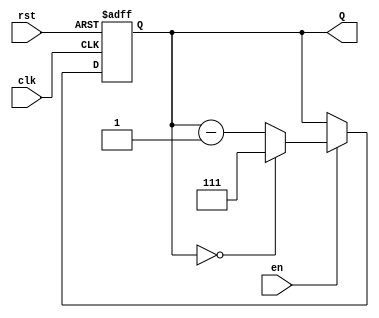
module down_counter (
    input wire clk,      // Clock signal
    input wire rst,      // Asynchronous reset
    input wire en,       // Enable signal
    output reg [2:0] Q   // 3-bit output count
);

    // Parameter for maximum count value (for a 3-bit counter)
    parameter MAX_COUNT = 3'b111; // 7 in decimal

    // Asynchronous reset and counting behavior
    always @(posedge clk or posedge rst) begin
        if (rst) begin
            // Reset the counter to maximum value
            Q <= MAX_COUNT;
        end else if (en) begin
            // Decrement the counter
            if (Q == 3'b000) begin
                Q <= MAX_COUNT; // Wrap around to maximum count
            end else begin
                Q <= Q - 1'b1; // Decrement the counter
            end
        end
        // If enable is low, Q holds its value
    end

endmodule